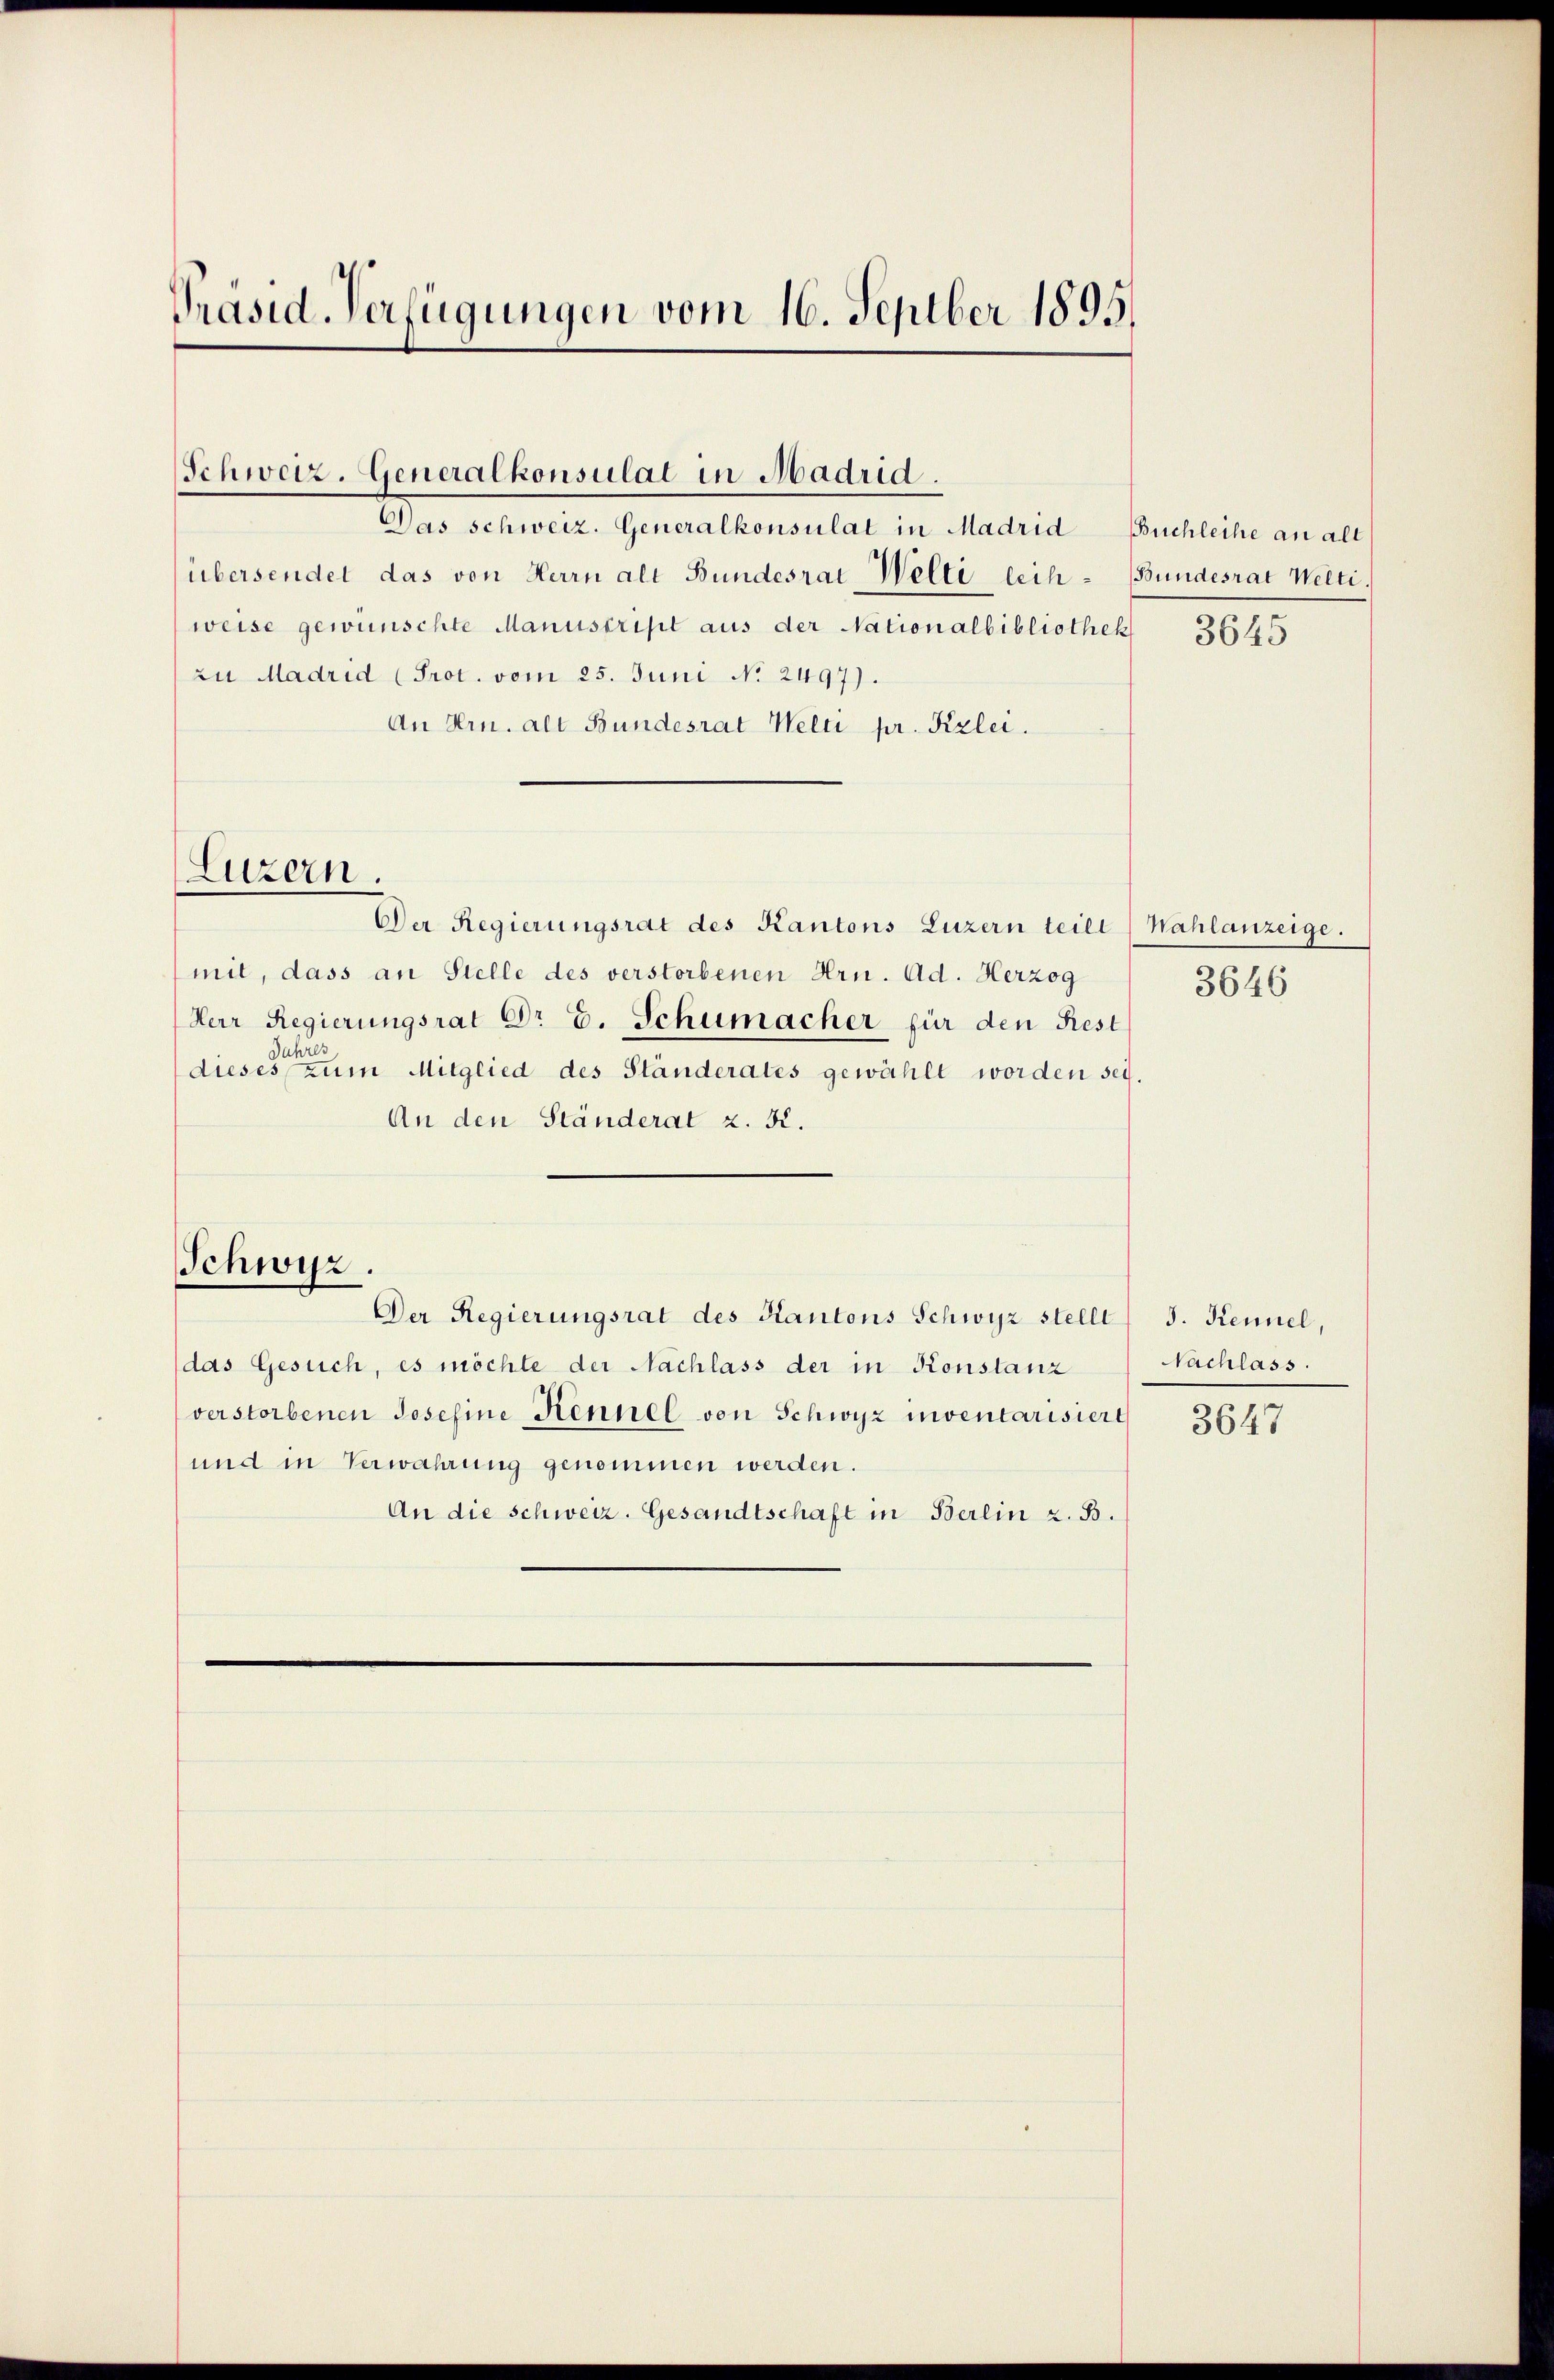
Präsid. Verfügungen vom 16. Septber 1895,

Schweiz. Generalkonsulat in Madrid.

Das schweiz. Generalkonsulat in Madrid Buchleihe an all
übersendet das von Herrn alt Bundesrat Welti leih- (Bundesrat Welti.
weise gewünschte Manuscript aus der Nationalbibliothek 3645
zu Madrid (Prot. vom 25. Juni No 2497).
An Hrn. alt Bundesrat Welti pr. Kzlei.
Der Regierungsrat des Kantons Luzern teilt (Wahlanzeige.
mit, dass an Stelle des verstorbenen Hrn. Ad. Herzog
Herr Regierungsrat Dr E. Schumacher für den Rest
Jahres
dieses zum Mitglied des Ständerates gewählt worden sei.
An den Ständerat z. K.
Schwyz.
Der Regierungsrat des Kantons Schwyz stellt J. Kennel,
das Gesuch, es möchte der Nachlass der in Konstanz
verstorbenen Josefine Kennel von Schwyz inventarisiert
und in Verwahrung genommen werden.
An die schweiz. Gesandtschaft in Berlin z. B.

Luzern.

3646

Nachlass.

3647